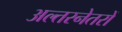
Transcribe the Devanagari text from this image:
अल्तरनेतरों